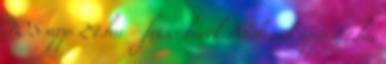
IOS app 24.hu - friss hírek Android app 24.hu